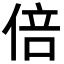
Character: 倍